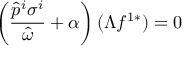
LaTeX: \left( \frac { \hat { p } ^ { i } \sigma ^ { i } } { \hat { \omega } } + \alpha \right) ( \Lambda f ^ { 1 * } ) = 0